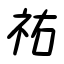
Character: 祐